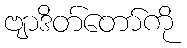
ဗျာဒိတ်တော်ကို